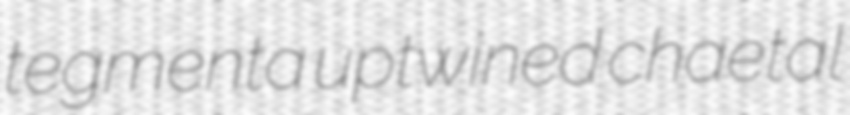
tegmenta uptwined chaetal